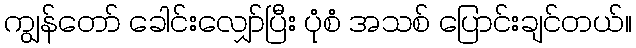
ကျွန်တော် ခေါင်းလျှော်ပြီး ပုံစံ အသစ် ပြောင်းချင်တယ်။